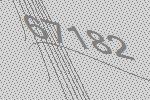
67182